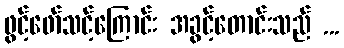
ဖွင့်ဖော်သင့်ကြောင်း အခွင့်တောင်းသည် ...